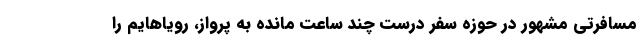
مسافرتی مشهور در حوزه سفر درست چند ساعت مانده به پرواز، رویاهایم را